Report of the Municipal Commissioner on the plague in Bombay for the year ending 31st May... - Volume 1
Disease focus: Plague
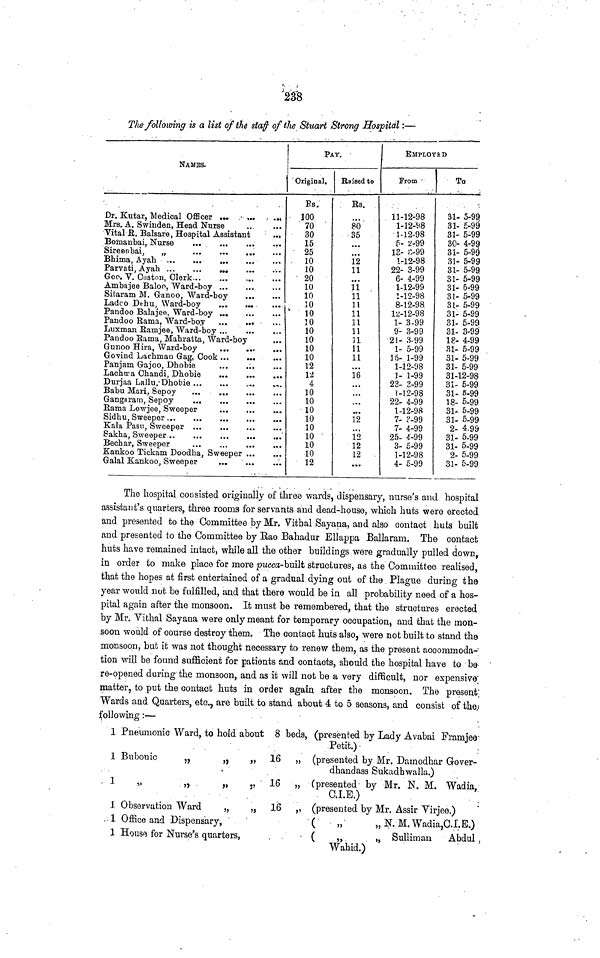
238
The following is a list of the staff of the Stuart Strong Hospital :—
NAMES.
Dr. Kutar, Medical Officer
Mrs. A. Swiuden, Head
Nurse
Vital E. Baisare, Hospital Assistant
Bomanbai,
Nurse
Sireenbai,
„
Bhima,
Ayah
Geo. V. Caston, Clerk
Ambajee Baloo,
Ward-boy
Sitaram M. Ganoo,
Ward-boy
Ladeo Dehu,
Ward-boy
Pandoo Balajee,
Ward-boy
Pandoo Rama,
Ward-boy
Luxman Eamjee,
Ward-boy
Pandoo Rama, Mahratta, Ward-boy
Gunoo Hira. Ward-boy
Govind Lachman Gag, Cook
Ganjam Gajoo,
Dhobie
Lachma
Chandi,
Dhobie
Rama
Lowjee.
Sweeper
Bechar, Sweeper
Kankoo Tickam Doodha,
Sweeper
Galal Kankoo,
Sweeper
PAT.
Original.
Es.
100
70
30
15
25
10
10
20
10
10
10
10
10
10
10
10
10
12
12
4
10
10
10
10
10
10
10
10
12
Raised to
Rs.
80
35
12
11
11
11
11
11
11
11
11
11
11
16
12
12
12
12
EMPLOYED
From
11-12-98
1-12-98
1-12-98
5- 2-99
18- 8-99
1-12-98
22- 3-99
6- 4-99
1-12-99
1-12-98
8-12-98
12-12-98
1- 3-99
9- 3-99
21- 3-99
1- 5-99
16- 1-99
1-12-98
1- 1-99
23- 3-99
1-12-98
22- 4-99
1-12-98
7- 3-99
7- 4-99
25- 4-99
3- 5-99
1-12-98
4- 5-99
To
31- 5-99
31- £-99
31- 5-99
30- 4-99
31- 5-99
31- 5-99
31- 5-99
3l- 5-99
3l- 5-99
3l- 5-99
3l- 5-99
3l- 5-99
3l- 5-99
3l- 3-99
18- 4-99
31- 5-99
31- 5-99
31- 5-99
31-12-98
31- 5-99
31- 5-99
18- 5-99
31- 5-99
31- 5-99
2- 4.99
31- 5-99
31- 5-99
2- 5-99
31- 5-99
The hospital consisted originally of three wards, dispensary, nurse's and hospital
assistant's quarters, three rooms for servants and dead-house, which huts were erected
and presented to the Committee by Mr. Vithal Sayana, and also contact huts built
and presented to the Committee by Rao Bahadur Ellappa Ballaram. The contact
huts have remained intact, while all the other buildings were gradually pulled down,
in order to make place for more pucca-built structures, as the Committee realised,
that the hopes at first entertained of a gradual dying out of the Plague during the
year would not be fulfilled, and that there would be in all probability need of a hos-
pital again after the monsoon. It must be remembered, that the structures erected
by Mr. Vithal Sayana were only meant for temporary occupation, and that the mon-
soon would of course destroy them. The contact huts also, were not built to stand the
monsoon, but it was not thought necessary to renew them, as the present accommoda-
tion will be found sufficient for patients and contacts, should the hospital have to be
re-opened during the monsoon, and as it will not be a very difficult, nor expensive
matter, to put the contact huts in order again after the monsoon. The present
Wards and Quarters, etc., are built to stand about 4 to 5 seasons, and consist of the;
following :—
1
1
1
1
1
1
Pneumonic Ward, to hold about
Bubonic
„
„
„
,,
„
„
Observation Ward
„
„
Office and Dispensary,
House for Nurse's quarters,
8 beds,
16 „
16 „
16 „
(presented by Lady Avabai Framjee
Petit.)
(presented by Mr. Damodhar Gover-
dhandass Sukadhwalla.)
(presented by Mr. N. M. Wadia,
C.I.E.)
(presented by Mr. Assir Virjee.)
(
„
„ N.M. Wadia,O.I.E.)
(
„
„ Sullimari Abdul
Wahid.)